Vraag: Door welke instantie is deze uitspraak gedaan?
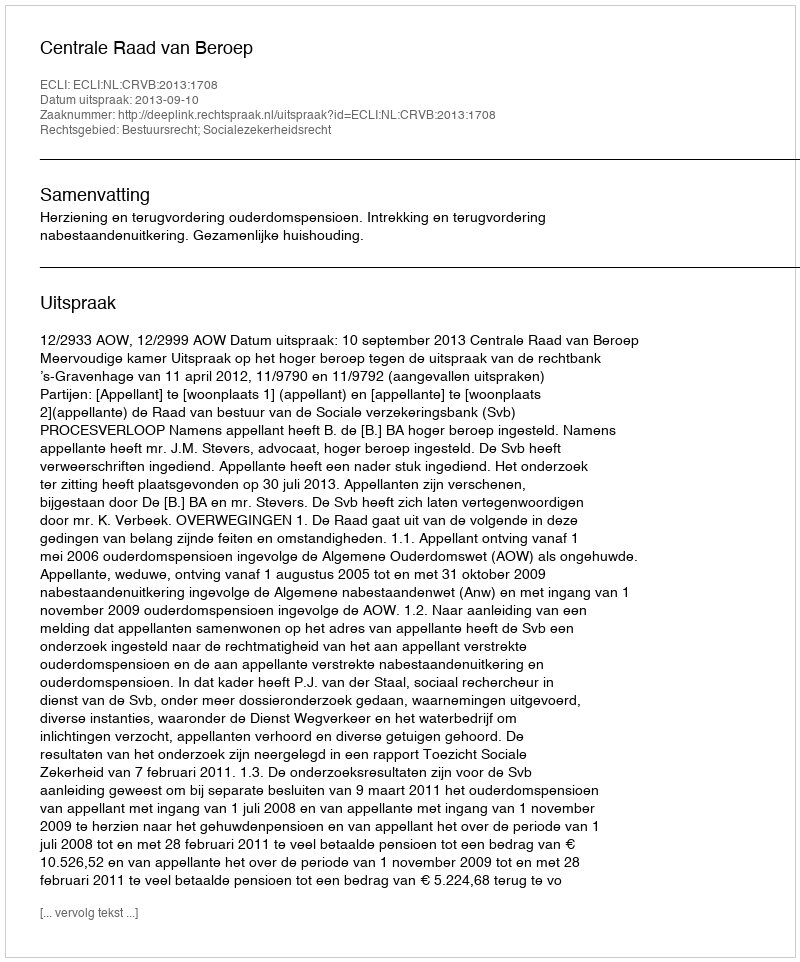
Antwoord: Centrale Raad van Beroep